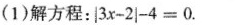
(1)解方程：＄＄| 3 x - 2 | - 4 = 0＄＄.